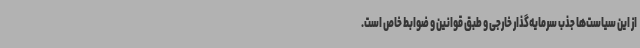
از این سیاست‌ها جذب سرمایه‌گذار خارجی و طبق قوانین و ضوابط خاص است.